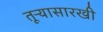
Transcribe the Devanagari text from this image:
तूऱ्यासारखी